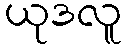
ယုဒလူ